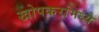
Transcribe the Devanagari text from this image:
खोपकरांमध्ये